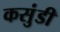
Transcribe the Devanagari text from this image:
कसुंडी